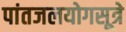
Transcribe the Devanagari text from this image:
पांतजलयोगसूत्रे